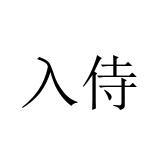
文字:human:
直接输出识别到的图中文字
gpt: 入侍